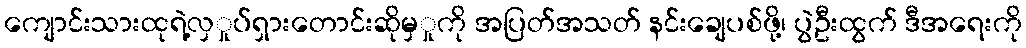
ကျောင်းသားထုရဲ့လှှုပ်ရှားတောင်းဆိုမှှုကို အပြတ်အသတ် နင်းချေပစ်ဖို့၊ ပွဲဦးထွက် ဒီအရေးကို